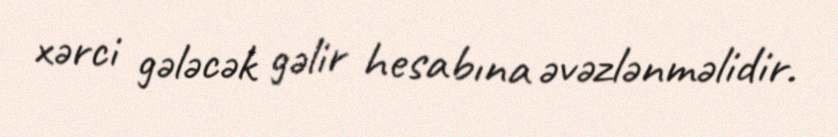
xərci gələcək gəlir hesabına əvəzlənməlidir.